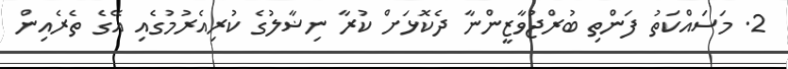
2. މަސައްކަތު ފަންތި ބުރްޖުވާޒީންނާ ދެކޮޅަށް ކުރާ ނިޟާލުގެ ކުރިއެރުމުގެއި އޭގެ ތެރެއިން